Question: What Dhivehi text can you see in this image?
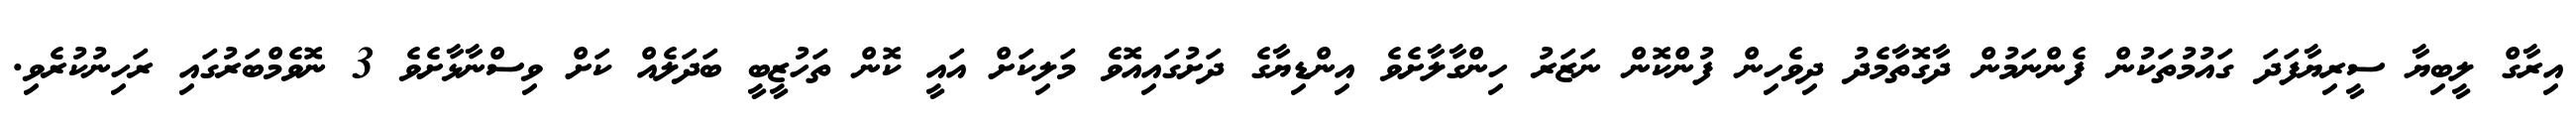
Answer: އިރާގް ލީބިޔާ ސީރިޔާފަދަ ގައުމުތަކުން ފެންނަމުން ދާގޮތާމެދު ދިވެހިން ފުންކޮން ނަޒަރު ހިންގާލާށެވެ އިންޑިޔާގެ ދަށުގައިއޮވެ މަލިކަށް އައީ ކޮން ތަހުޒީބީ ބަދަލެއް ކަށް ވިސްނާޅާށެވެ 3 ނޮވެމްބަރުގައި ރަހިނުކުރެވި.